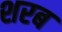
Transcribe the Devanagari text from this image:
शरब